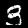
Digit: 3